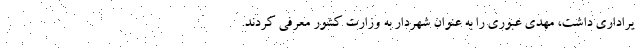
یراداری داشت، مهدی عبوری را به عنوان شهردار به وزارت کشور معرفی کردند.